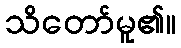
သိတော်မူ၏။